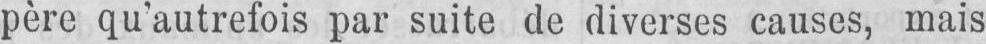
père qu’autrefois par suite de diverses causes, mais